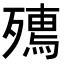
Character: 𭮟